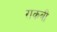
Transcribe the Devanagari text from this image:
राकबी